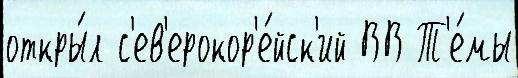
откры́л с'ев'ерокор'е́йск'ий ВВ Т'е́мы